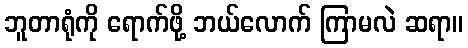
ဘူတာရုံကို ရောက်ဖို့ ဘယ်လောက် ကြာမလဲ ဆရာ။